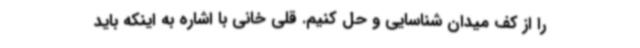
را از کف میدان شناسایی و حل کنیم. قلی خانی با اشاره به اینکه باید